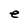
Character: e